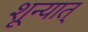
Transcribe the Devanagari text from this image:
शून्यात्